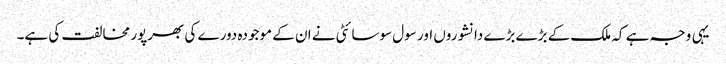
یہی وجہ ہے کہ ملک کے بڑے بڑے دانشوروں اور سول سوسائٹی نے ان کے موجودہ دورے کی بھرپور مخالفت کی ہے۔